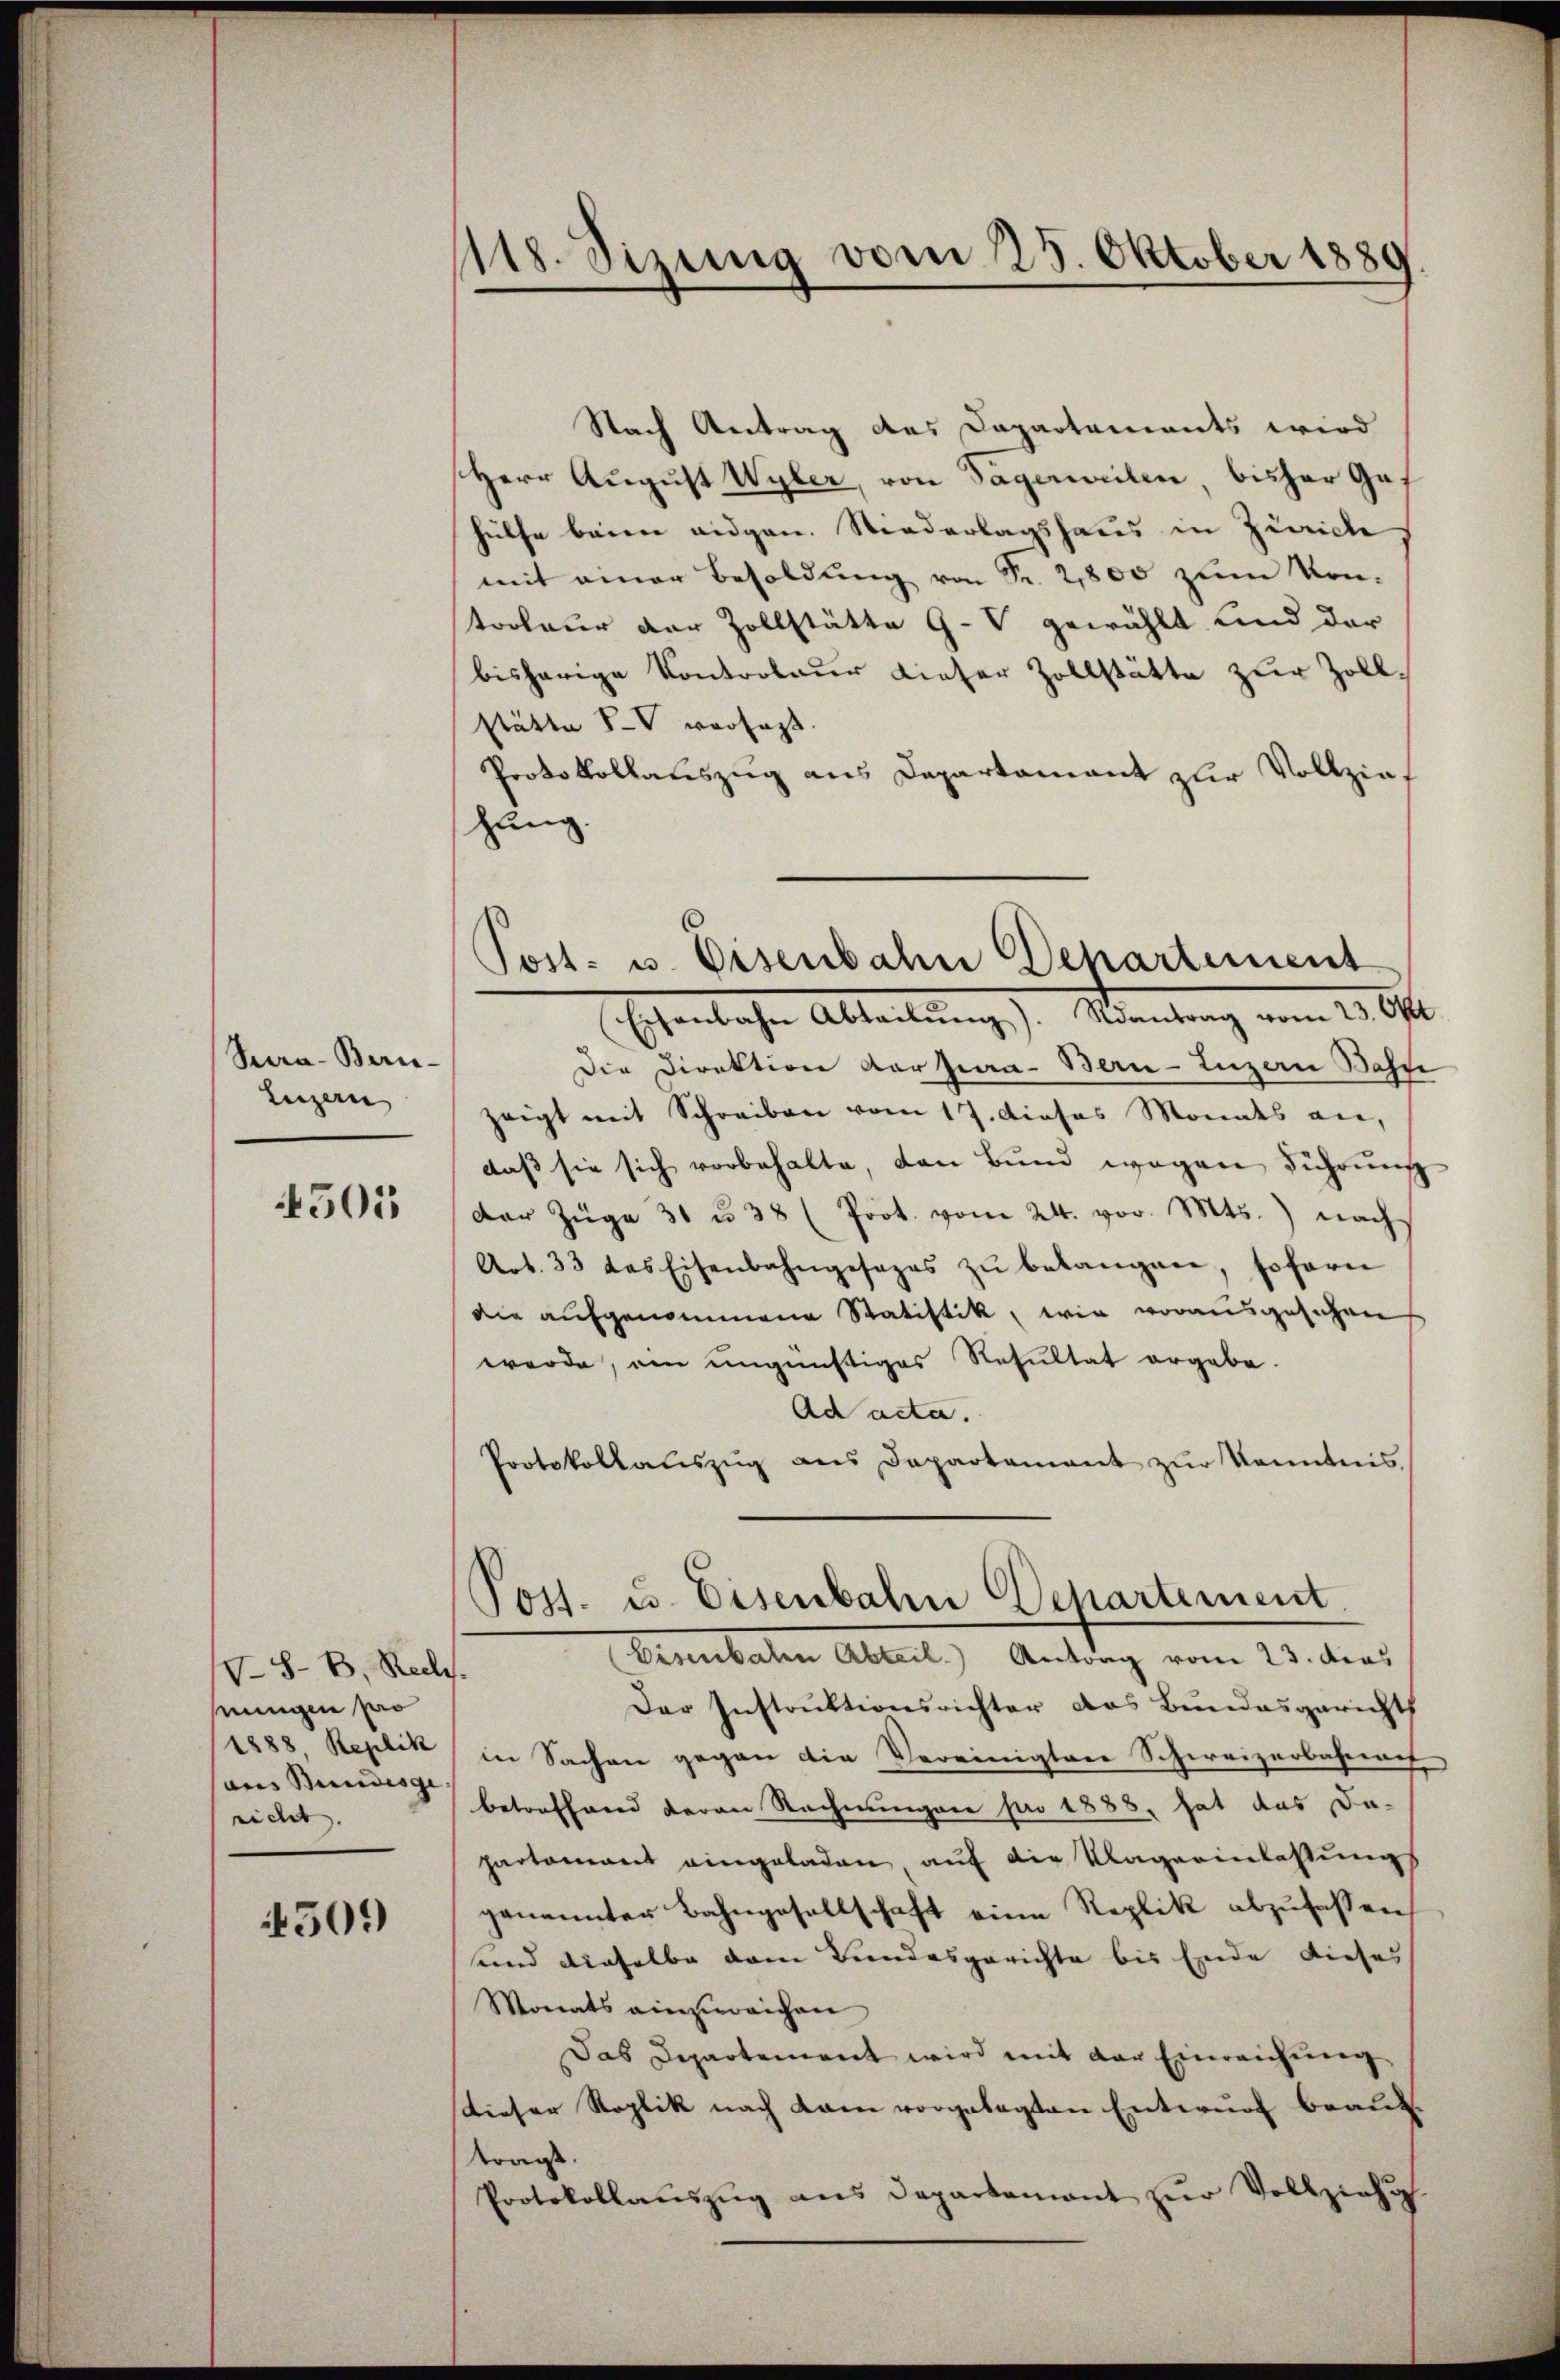
Seea-Bern.
Luzern

4505

V S. B. Recl
eingen pro
1888 Replik
ans Bundesge- |
richt. |

4509

1118. Sizung vom 25. Oktober 1889

Nach Antrag des Dapartements wird
Herr August Wyler, von Sagerweilen bisher Gat
hülfe beim eidgen. Niederlagshaus in Zürich
mit einer Besoldung von Fr. 2800 zum Kon-
troleur der Zollstätte G-V gewählt und der
bisherige Kontroleur dieser Zollstätte zur Zollstätte IV versagt
Protokollauszug aus Departamant zur Vollziaf
hung.
Die Direktion Karpura- Bern-Luzern Basn
zeigt mit Schreiben vom 17. Dieses Monats an,
daß sie sich vorbehalte, den Bund wegen Führung
der Züge 31 u. 38 (Prot. vom 24. vor. Mts. nach
Art. 33 das Eisenbahngesezes zŭ belangen, sofern
die aufgenommene Statistik, wie vorausgesuchen
werde, ein ungünstiges Resultat ergabe.
Ad acta.
Protokollaŭszŭg ans Departamant zŭr Kenntnis.
Post- u. Eisenbahn Departement
Eisenbalen Abteil. Antrag vom 23. dies
Der Instruktionsrichter das Bundesgericht
in Sachen gegen die Vereinigter Schweizerbahnneh
betreffend daran Rechnungen pro 1888 hat das Da-
partamant eingeladen auf die Klagerenlassungs
genannter Bahngesellschaft eine Replik abzufassen,
und dieselbe dem Bundesgerichte bis Ende dieses
Monats einzureichen
Das Departement wird mit der Einreichung
Dieser Roplik nach kam vorgelegten Entwurf beauftragt.
Protokollaŭszŭg ans Departement zŭr Vollziehun

Post- u. Eisenbahn Departement
Eisenbahn Abteilŭng). Nantrag vom 23. Okt